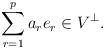
LaTeX: \begin{align*} \sum_{r=1}^pa_re_r\in V^\perp.\end{align*}